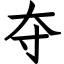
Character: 夺